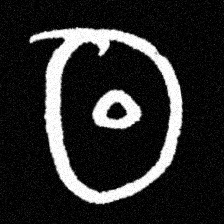
Pyu character \u2014 Myanmar letter: ထ (romanized: tha)